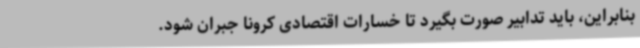
بنابراین، باید تدابیر صورت بگیرد تا خسارات اقتصادی کرونا جبران شود.